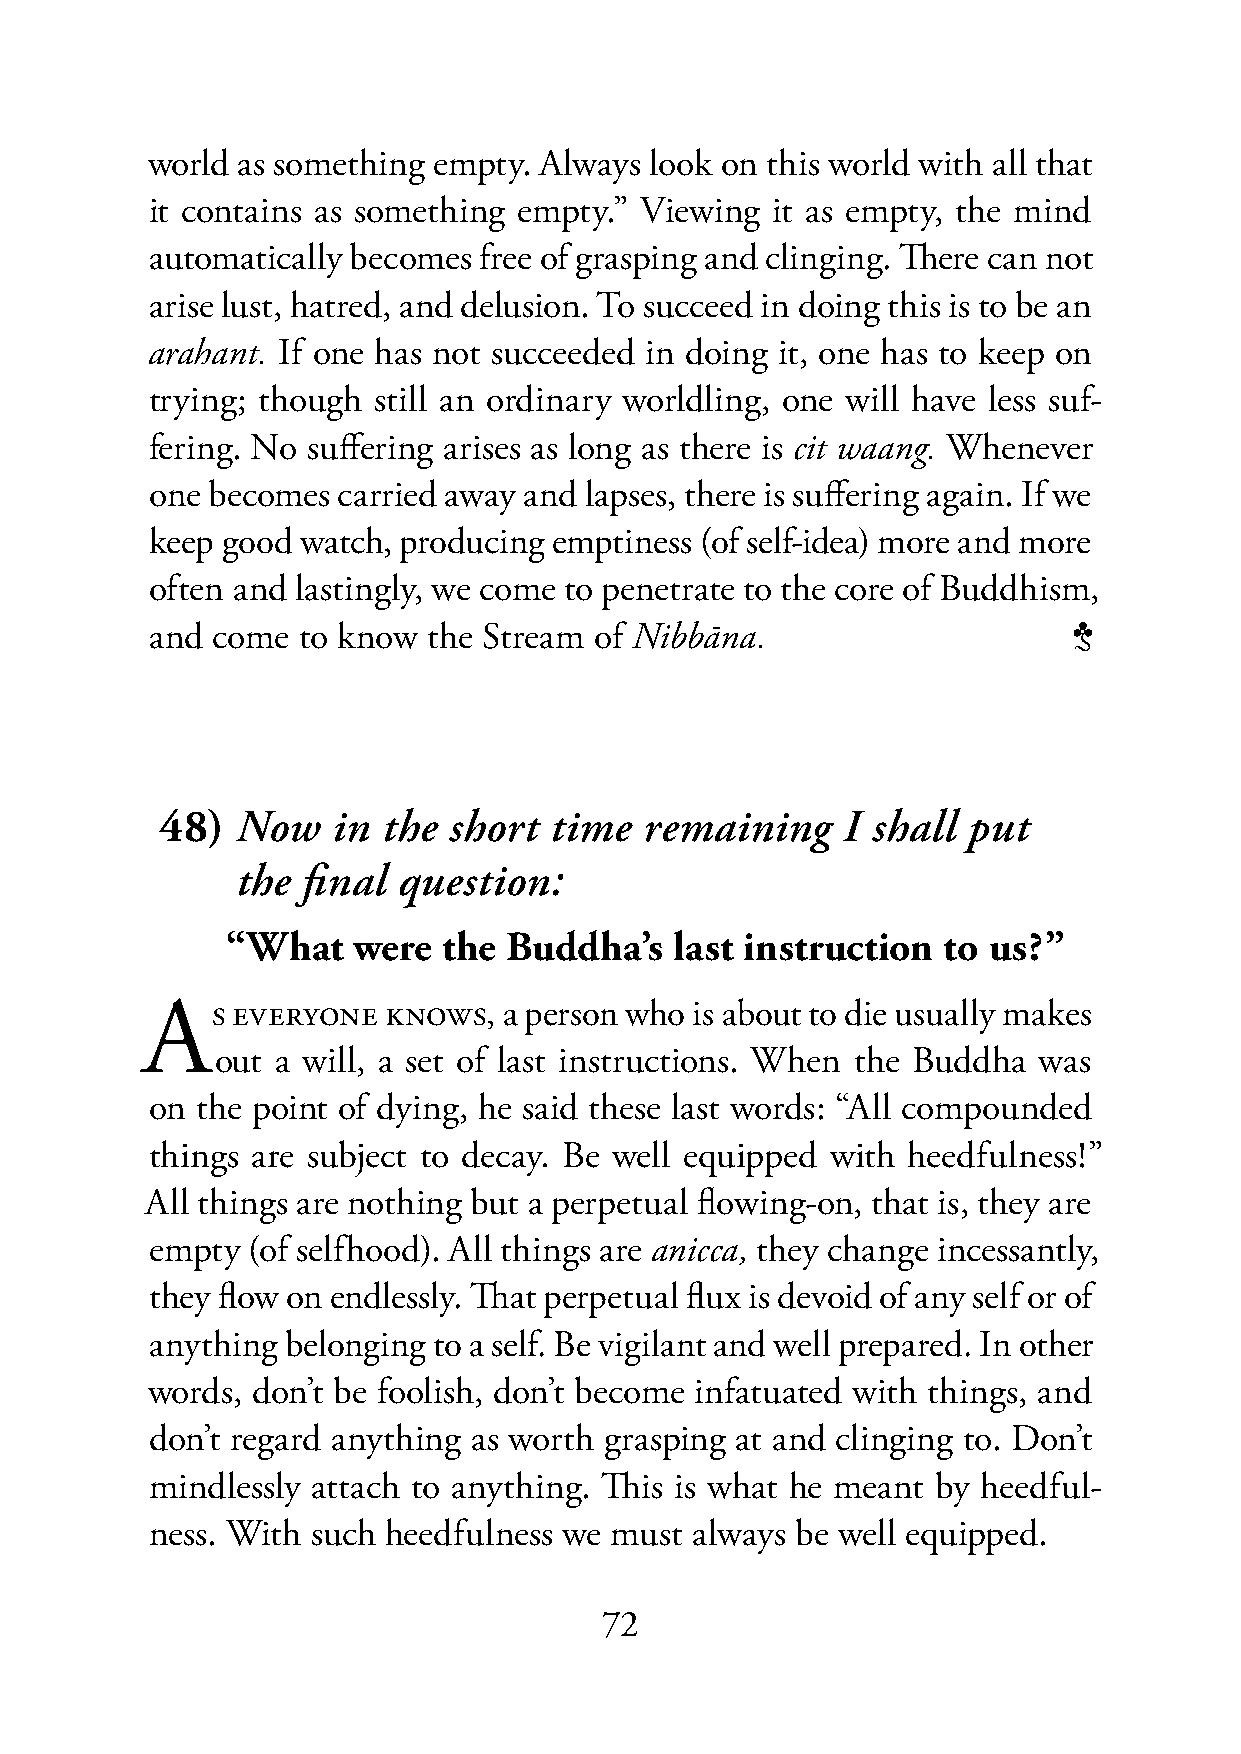
world as something empty. Always look on this world with all that
 it contains as something empty.” Viewing it as empty, the mind
 automatically becomes free of grasping and clinging. There can not
 arise lust, hatred, and delusion. To succeed in doing this is to be an
 arahant. If one has not succeeded in doing it, one has to keep on
 trying; though still an ordinary worldling, one will have less suf-
 fering. No suffering arises as long as there is cit waang. Whenever
 one becomes carried away and lapses, there is suffering again. If we
 keep good watch, producing emptiness (of self-idea) more and more
 often and lastingly, we come to penetrate to the core of Buddhism,
 and come  to know the Stream of Nibbāna.                     3
 48)  Now   in the  short time   remaining    I shall put
 the final question:
 48)  “What   were  the  Buddha’s   last instruction to us?”
 AS    EVERYONE  KNOWS,  a person who is about to die usually makes
 out a will, a set of last instructions. When the Buddha was
 on the point of dying, he said these last words: “All compounded
 things are subject to decay. Be well equipped with heedfulness!”
 All things are nothing but a perpetual flowing-on, that is, they are
 empty (of selfhood). All things are anicca, they change incessantly,
 they flow on endlessly. That perpetual flux is devoid of any self or of
 anything belonging to a self. Be vigilant and well prepared. In other
 words, don’t be foolish, don’t become infatuated with things, and
 don’t regard anything as worth grasping at and clinging to. Don’t
 mindlessly attach to anything. This is what he meant by heedful-
 ness. With such heedfulness we must always be well equipped.
 72